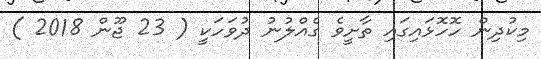
މިކުދިން ހޮހޮޅައިގައި ތާށީވެ ގެއްލުނު ދުވަހަކީ ( 23 ޖޫން 2018 )